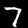
Label: 7